Etiology and epidemiology of plague
Disease focus: Plague
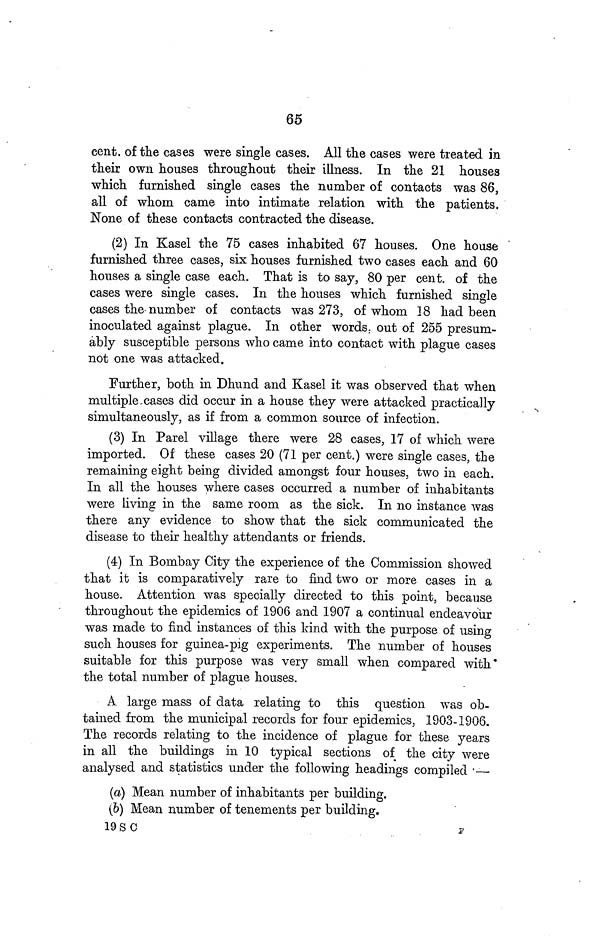
65
cent. of the cases were single cases. All the cases were treated in
their own houses throughout their illness. In the 21 houses
which furnished single cases the number of contacts was 86,
all of whom came into intimate relation with the patients.
None of these contacts contracted the disease.
(2) In Kasel the 75 cases inhabited 67 houses. One house
furnished three cases, six houses furnished two cases each and 60
houses a single case each. That is to say, 80 per cent. of the
cases were single cases. In the houses which furnished single
cases the number of contacts was 273, of whom 18 had been
inoculated against plague. In other words, out of 255 presum-
ably susceptible persons who came into contact with plague cases
not one was attacked.
Further, both in Dhund and Kasel it was observed that when
multiple cases did occur in a house they were attacked practically
simultaneously, as if from a common source of infection.
(3) In Parel village there were 28 cases, 17 of which were
imported. Of these cases 20 (71 per cent.) were single cases, the
remaining eight being divided amongst four houses, two in each.
In all the houses where cases occurred a number of inhabitants
were living in the same room as the sick. In no instance was
there any evidence to show that the sick communicated the
disease to their healthy attendants or friends.
(4) In Bombay City the experience of the Commission showed
that it is comparatively rare to find two or more cases in a
house. Attention was specially directed to this point, because
throughout the epidemics of 1906 and 1907 a continual endeavour
was made to find instances of this kind with the purpose of using
such houses for guinea-pig experiments. The number of houses
suitable for this purpose was very small when compared with
the total number of plague houses.
A large mass of data relating to this question was ob-
tained from the municipal records for four epidemics, 1903-1906.
The records relating to the incidence of plague for these years
in all the buildings in 10 typical sections of the city were
analysed and statistics under the following headings compiled —
(a) Mean number of inhabitants per building.
(b) Mean number of tenements per building.
19 S C